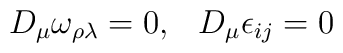
D_{\mu}\omega_{\rho\lambda}=0 ,\hspace{9pt}  D_{\mu}\epsilon_{ij}=0